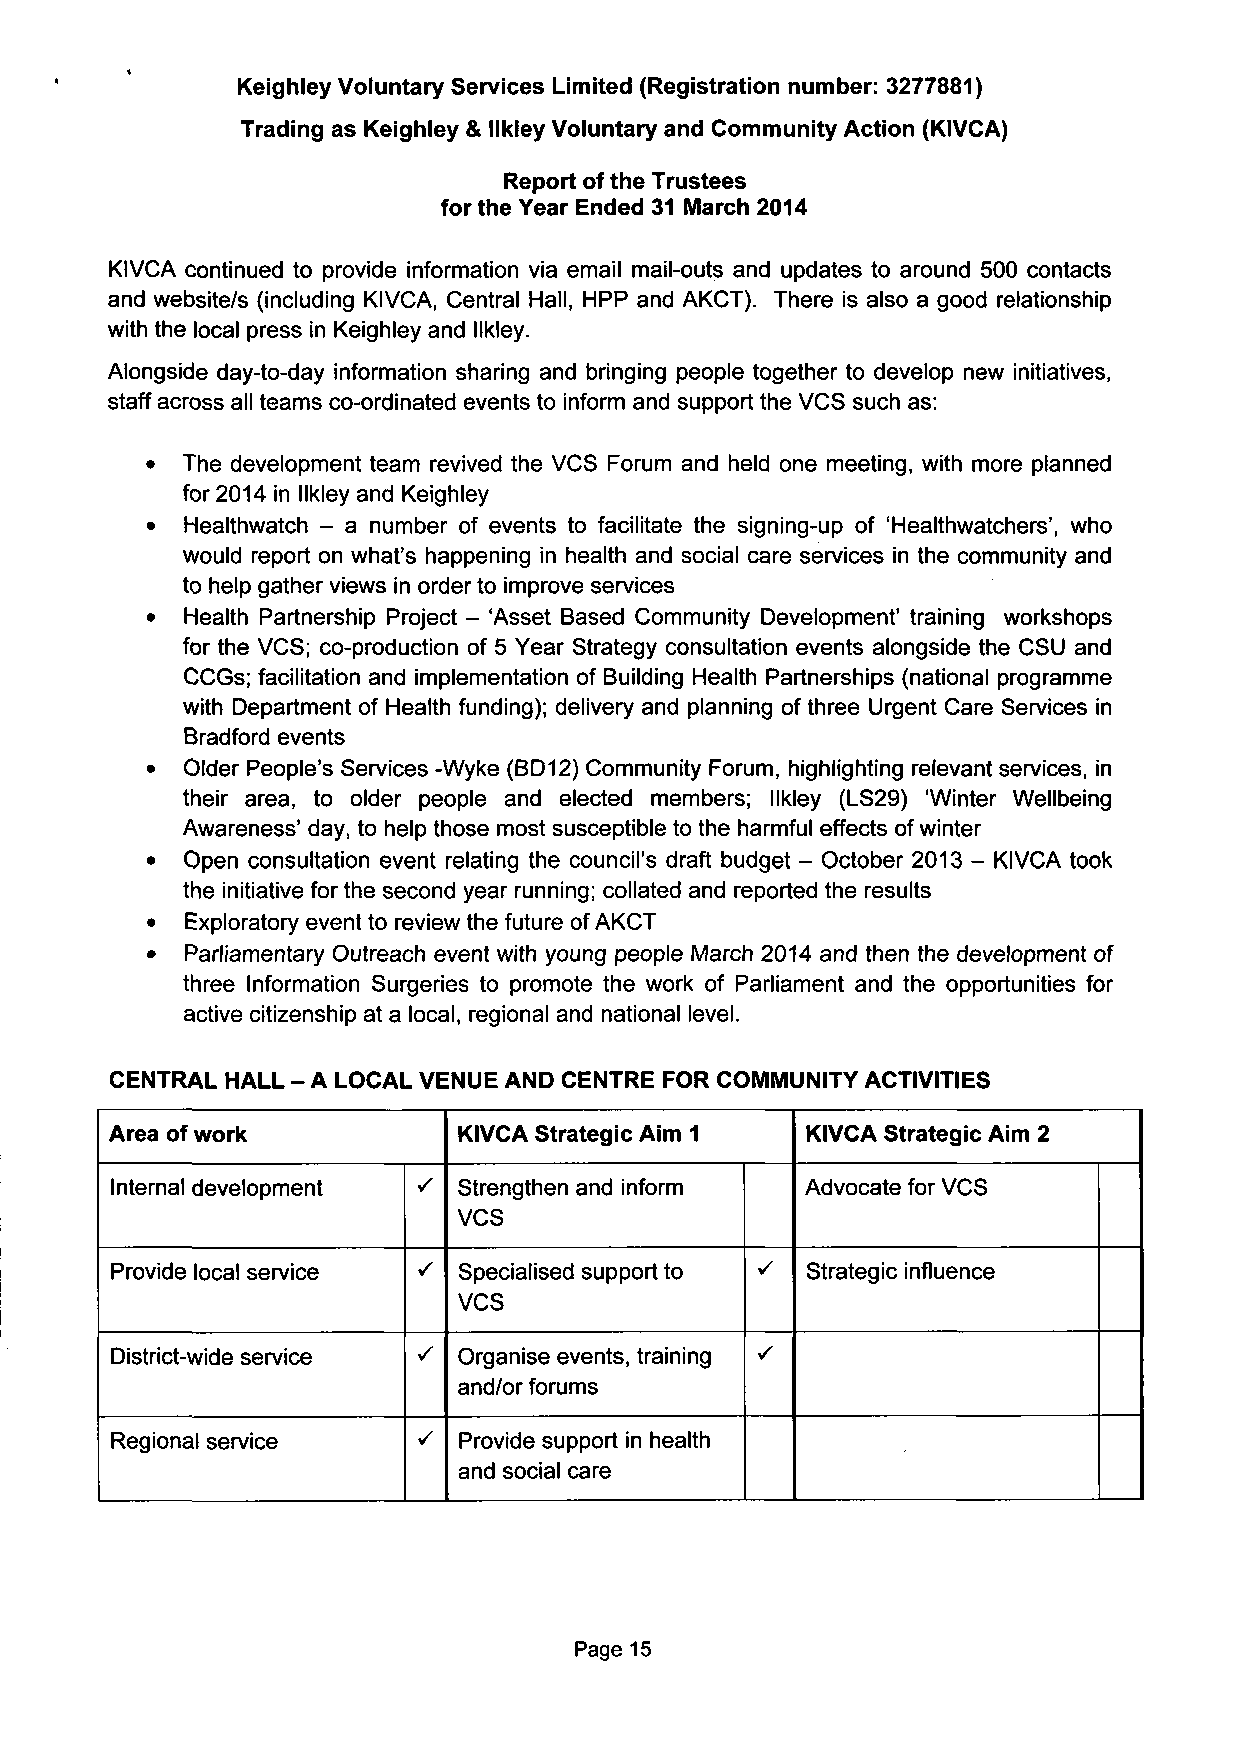
Keighley Voluntary Services Limited (Registration number: 3277881)
 Trading as Keighley & llkley Voluntary and Community Action (KIVCA)
 Report of the Trustees
 for the Year Ended 31 March 2014
 KIVCA continued to provide information via email mail-outs and updates to around 500 contacts
 and website/s (including KIVCA, Central Hall, HPP and AKCT). There is also a good relationship
 with the local press in Keighley and llkley.
 Alongside day-to-day information sharing and bringing people together to develop new initiatives,
 staff across all teams co-ordinated events to inform and support the VCS such as:
 • The development team revived the VCS Forum and held one meeting, with more planned
 for 2014 in llkley and Keighley
 • Healthwatch - a number of events to facilitate the signing-up of 'Healthwatchers', who
 would report on what's happening in health and social care services in the community and
 to help gather views in order to improve services
 • Health Partnership Project - 'Asset Based Community Development' training workshops
 for the VCS; co-production of 5 Year Strategy consultation events alongside the CSU and
 CCGs; facilitation and implementation of Building Health Partnerships (national programme
 with Department of Health funding); delivery and planning of three Urgent Care Services in
 Bradford events
 • Older People's Services -Wyke (BD12) Community Forum, highlighting relevant services, in
 their area, to older people and elected members; llkley (LS29) 'Winter Wellbeing
 Awareness' day, to help those most susceptible to the harmful effects of winter
 • Open consultation event relating the council's draft budget - October 2013 - KIVCA took
 the initiative for the second year running; collated and reported the results
 • Exploratory event to review the future of AKCT
 • Parliamentary Outreach event with young people March 2014 and then the development of
 three Information Surgeries to promote the work of Parliament and the opportunities for
 active citizenship at a local, regional and national level.
 CENTRAL HALL - A LOCAL VENUE AND CENTRE FOR COMMUNITY ACTIVITIES
 Area of work           KIVCA Strategic Aim 1  KIVCA Strategic Aim 2
 Internal development   Strengthen and inform  Advocate for VCS
 VCS
 Provide local service  Specialised support to Strategic influence
 VCS
 District-wide service  Organise events, training
 and/or forums
 Regional service       Provide support in health
 and social care
 Page 15